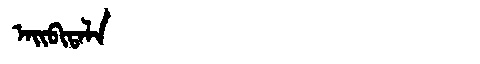
Manchu: ᠠᡳᠪᡳᡨᠠᠯᠠ
Romanization: AIBITALA